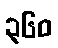
၃၆၀